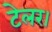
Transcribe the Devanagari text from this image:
टेलर।